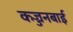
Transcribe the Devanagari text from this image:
कज्जनबाई